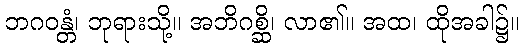
ဘဂဝန္တံ၊ ဘုရားသို့။ အဘိဂစ္ဆိ၊ လာ၏။ အထ၊ ထိုအခါ၌။